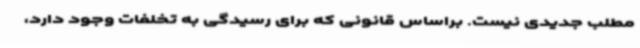
مطلب جدیدی نیست. براساس قانونی که برای رسیدگی به تخلفات وجود دارد،